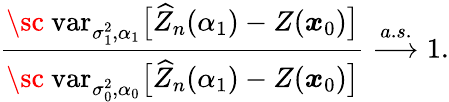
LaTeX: \frac{\mathrm{{\sc~var}}_{\sigma_{1}^{2},\alpha_{1}}\bigl[\widehat{Z}_{n}(\alpha_{1})-Z(\boldsymbol{x}_{0})\bigr]}{\mathrm{{\sc~var}}_{\sigma_{0}^{2},\alpha_{0}}\bigl[\widehat{Z}_{n}(\alpha_{1})-Z(\boldsymbol{x}_{0})\bigr]}\stackrel{a.s.}{\longrightarrow}1.